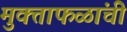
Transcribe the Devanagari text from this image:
मुक्ताफळांची